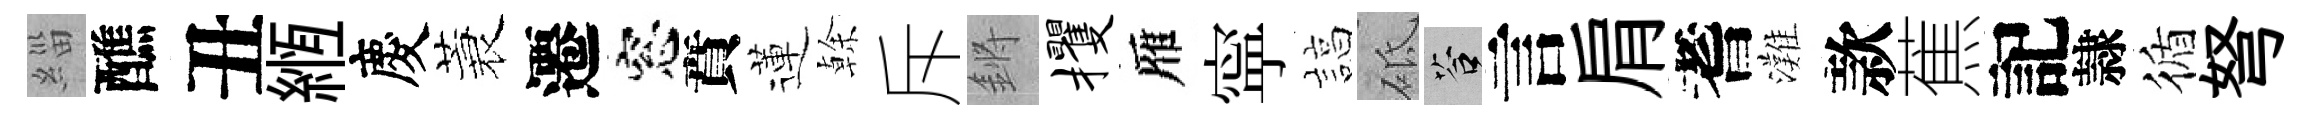
緇醮丑縆慶蓑遷窓賁蓮𠏉斥鏘攫雁寜諄砥答言肩耆灘款蕉記隷循弩